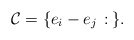
\begin{align*}\mathcal{C} = \{e_i-e_j\,:\,\}.\end{align*}